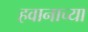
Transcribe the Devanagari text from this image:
हवानाच्या